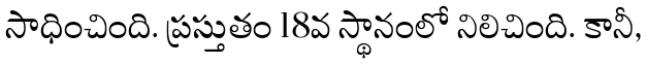
సాధించింది. ప్రస్తుతం 18వ స్థానంలో నిలిచింది. కానీ,